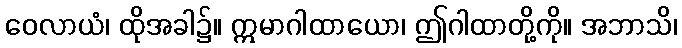
ဝေလာယံ၊ ထိုအခါ၌။ ဣမာဂါထာယော၊ ဤဂါထာတို့ကို။ အဘာသိ၊